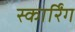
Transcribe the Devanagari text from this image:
स्कार्रिंग